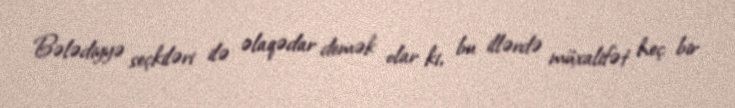
Bələdiyyə seçkiləri ilə əlaqədar demək olar ki, bu illərdə müxalifət heç bir